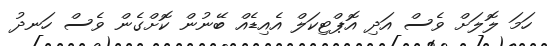
ހަމަ ލޮލަށް ވެސް އަދި އޮޕްޓިކަލް އެއިޑެއް ބޭނުން ކޮށްގެން ވެސް ހަނދު